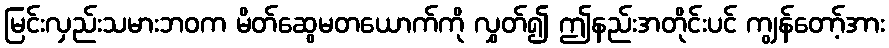
မြင်းလှည်းသမားဘဝက မိတ်ဆွေမတယောက်ကို လွှတ်၍ ဤနည်းအတိုင်းပင် ကျွန်တော့်အား